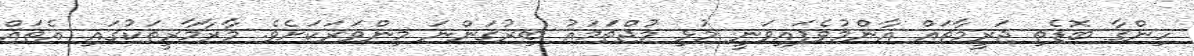
ހިންގާ ބޮޑެތި ޖަރީމާތައް އާންމުވެފައިވަނީ މުޅި މުޖްތަމައު ބިރުގަންނަ މިންވަރަކަށެވެ. މާރާމާރީތަކުގައި އެތައް